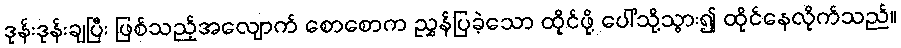
ဒုန်းဒုန်းချပြီး ဖြစ်သည့်အလျောက် စောစောက ညွှန်ပြခဲ့သော ထိုင်ဖို့ ပေါ်သို့သွား၍ ထိုင်နေလိုက်သည်။